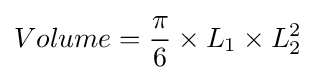
Volume={\frac {\pi }{6}}\times L_{1}\times L_{2}^{2}